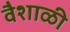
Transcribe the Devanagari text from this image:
वैशाळी